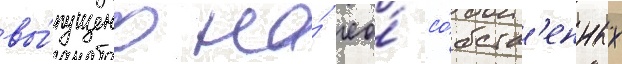
вы́пущено на́ ео́ со́бств'енных